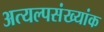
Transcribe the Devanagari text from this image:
अत्यल्पसंख्यांक